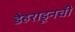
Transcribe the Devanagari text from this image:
डेहराडूनची